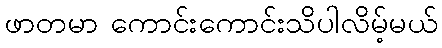
ဖာတမာ ကောင်းကောင်းသိပါလိမ့်မယ်